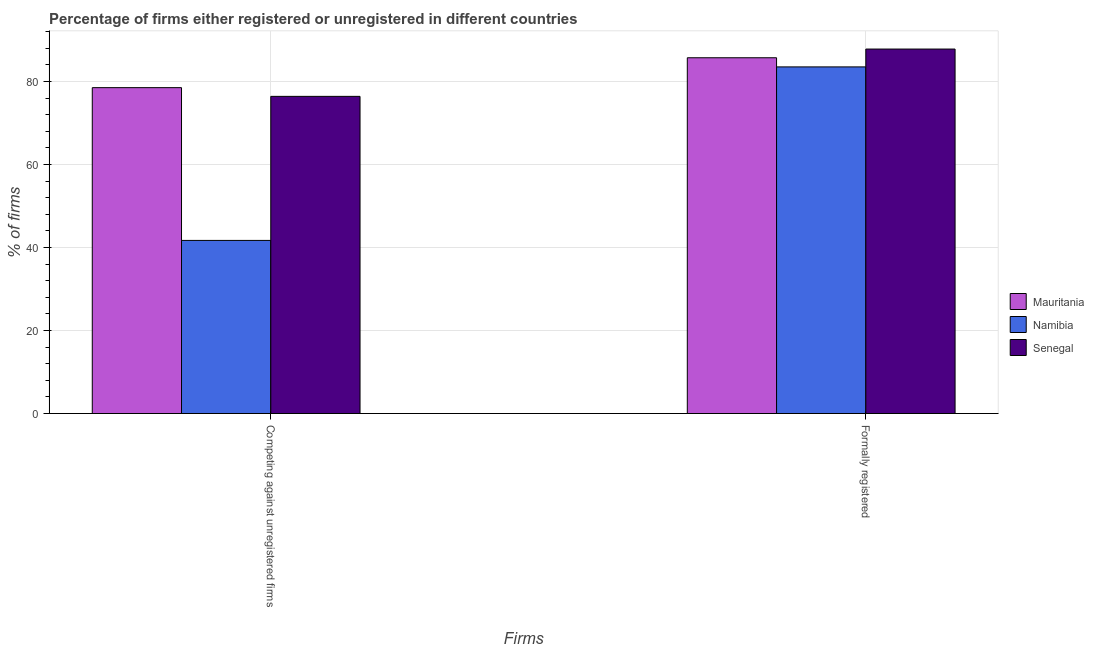
| Firms | Mauritania | Namibia | Senegal |
 | --- | --- | --- | --- |
 | Competing against unregistered firms | 78.5 | 41.7 | 76.4 |
 | Formally registered | 85.7 | 83.5 | 87.8 |